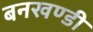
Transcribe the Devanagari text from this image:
बनखण्डी